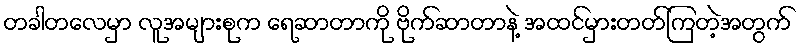
တခါတလေမှာ လူအများစုက ရေဆာတာကို ဗိုက်ဆာတာနဲ့ အထင်မှားတတ်ကြတဲ့အတွက်